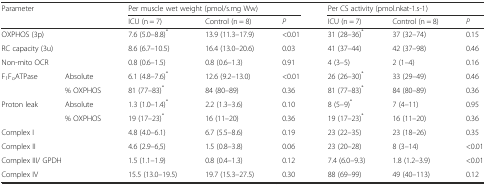
| <ROWSPAN=2-COLSPAN=2> Parameter | <COLSPAN=3> Per muscle wet weight (pmol/s.mg Ww) | <COLSPAN=3> Per CS activity (pmol.nkat-1.s-1) |
 | ICU (n = 7) | Control (n = 8) | P | ICU (n = 7) | Control (n = 8) | P |
 | --- | --- | --- | --- | --- | --- | --- | --- |
 | <COLSPAN=2> OXPHOS (3p) | 7.6 (5.0–8.8)* | 13.9 (11.3–17.9) | <0.01 | 31 (28–36)* | 37 (32–74) | 0.15 |
 | <COLSPAN=2> RC capacity (3u) | 8.6 (6.7–10.5) | 16.4 (13.0–20.6) | 0.03 | 41 (37–44) | 42 (37–98) | 0.46 |
 | <COLSPAN=2> Non-mito OCR | 0.8 (0.6–1.5) | 0.8 (0.6–1.3) | 0.91 | 4 (3–5) | 2 (1–4) | 0.16 |
 | <ROWSPAN=2> F1FoATPase | Absolute | 6.1 (4.8–7.6)* | 12.6 (9.2–13.0) | <0.01 | 26 (26–30)* | 33 (29–49) | 0.46 |
 | % OXPHOS | 81 (77–83)* | 84 (80–89) | 0.36 | 81 (77–83)* | 84 (80–89) | 0.36 |
 | <ROWSPAN=2> Proton leak | Absolute | 1.3 (1.0–1.4)* | 2.2 (1.3–3.6) | 0.10 | 8 (5–9)* | 7 (4–11) | 0.95 |
 | % OXPHOS | 19 (17–23)* | 16 (11–20) | 0.36 | 19 (17–23)* | 16 (11–20) | 0.36 |
 | <COLSPAN=2> Complex I | 4.8 (4.0–6.1) | 6.7 (5.5–8.6) | 0.19 | 23 (22–35) | 23 (18–26) | 0.35 |
 | <COLSPAN=2> Complex II | 4.6 (2.9–6,5) | 1.5 (0.8–3.8) | 0.06 | 23 (20–28) | 8 (3–14) | <0.01 |
 | <COLSPAN=2> Complex III/ GPDH | 1.5 (1.1–1.9) | 0.8 (0.4–1.3) | 0.12 | 7.4 (6.0–9.3) | 1.8 (1.2–3.9) | <0.01 |
 | <COLSPAN=2> Complex IV | 15.5 (13.0–19.5) | 19.7 (15.3–27.5) | 0.30 | 88 (69–99) | 49 (40–113) | 0.12 |